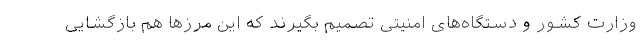
وزارت کشور و دستگاه‌های امنیتی تصمیم بگیرند که این مرزها هم بازگشایی